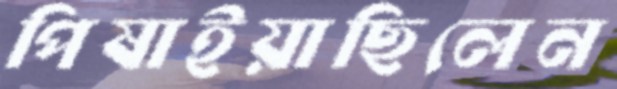
পিষাইয়াছিলেন